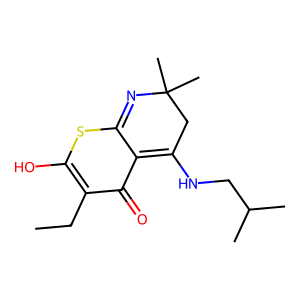
SMILES: CCc1c(O)sc2c(c1=O)=C(NCC(C)C)CC(C)(C)N=2
Inhibits HIV replication: No